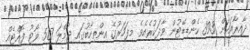
ދާއިރާއަކަށް 393 ކެންޑިޑޭޓުން ވާދަކުރެއެވެ. މިފަހަރުގެ އިންތިހާބުގައި ޖުމްލަ 507 ވޯޓު ފޮއްޓެއް